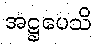
အဋ္ဌပေသိ